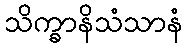
သိက္ခာနိသံသာနံ